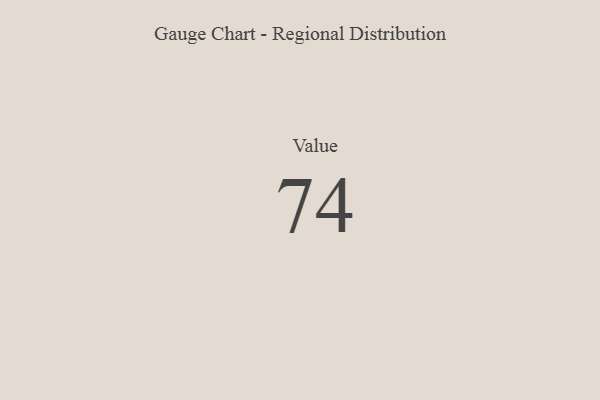
{"axis": {"x": "Metric", "y": "Value"}, "legend": [""], "data": [{"x": "Value", "y": 74, "type": ""}]}